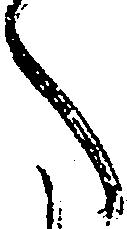
へ